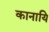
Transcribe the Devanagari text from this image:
कानायि